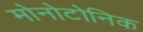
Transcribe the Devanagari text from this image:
मोनोटोनिक